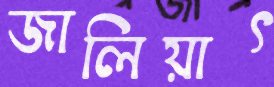
জালিয়াৎ